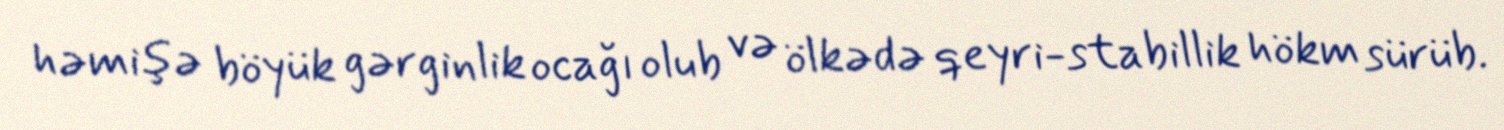
həmişə böyük gərginlik ocağı olub və ölkədə qeyri-stabillik hökm sürüb.